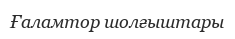
Ғаламтор шолғыштары